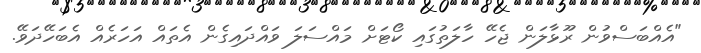
"އެއްބަސްވުން ރޫޅާލަން ޖެހޭ ހާލަތުގައި ކޯޓަށް މައްސަލަ ވައްދައިގެން އެތައް އަހަރެއް އެބަހޭދަވޭ.